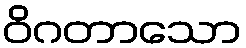
ဝိဂတာသော